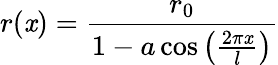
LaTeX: r(\mathit{x})=\frac{{r_{0}}}{{1-a\cos\left(\frac{{2\pi\mathit{x}}}{{l}}\right)}}